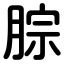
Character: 腙